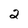
Character: 2